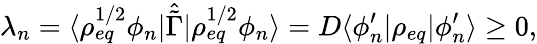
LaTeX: \lambda_{n}=\langle\rho_{eq}^{1/2}\phi_{n}\rvert\hat{\tilde{\Gamma}}\lvert\rho_{eq}^{1/2}\phi_{n}\rangle=D\langle\phi_{n}^{\prime}\rvert\rho_{eq}\lvert\phi_{n}^{\prime}\rangle\ge 0,